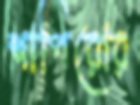
শাপিরোর